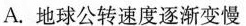
A.地球公转速度逐渐变慢